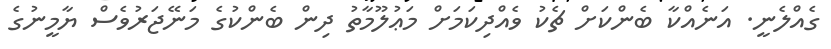
ގެއްލެނީ. އަނެއްކާ ބެންކަށް ޗެކު ވެއްދިކަމަށް މަޢުލޫމާތު ދިން ބެންކުގެ މަނޭޖަރުވެސް ޔާމީނުގެ